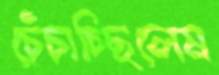
চেঁচাচ্ছিলেম